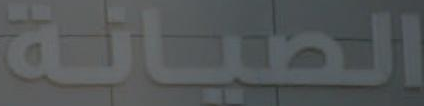
الصيانة